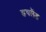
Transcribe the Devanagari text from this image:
डचलैंड